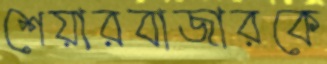
শেয়ারবাজারকে